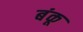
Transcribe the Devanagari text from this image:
बंकू